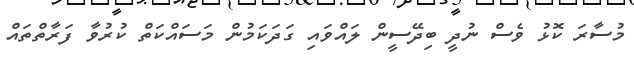
މުސާރަ ކޮޅު ވެސް ނުދީ ބިދޭސީން ލައްވައި ގަދަކަމުން މަސައްކަތް ކުރުވާ ފަރާތްތައް